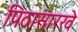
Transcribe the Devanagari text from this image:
पिठासारखे